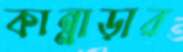
কান্নাড়ার